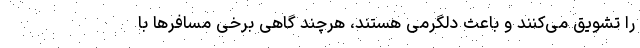
را تشویق می‌کنند و باعث دلگرمی هستند، هرچند گاهی برخی مسافرها با